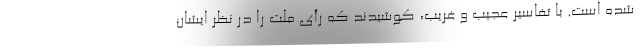
شده است. با تفاسیر عجیب و غریب، کوشیدند که رأی ملت را در نظر ایشان